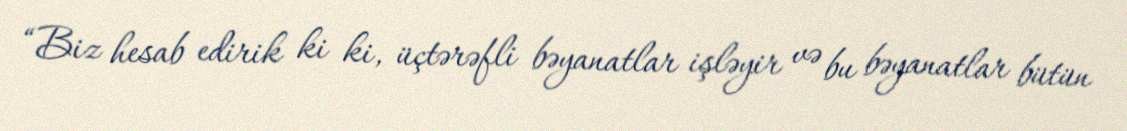
“Biz hesab edirik ki ki, üçtərəfli bəyanatlar işləyir və bu bəyanatlar bütün